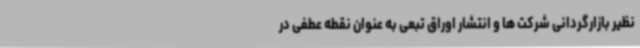
نظیر بازارگردانی شرکت ها و انتشار اوراق تبعی به عنوان نقطه عطفی در